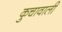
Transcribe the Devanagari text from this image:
कुचावाली